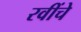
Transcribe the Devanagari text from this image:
रवींचे